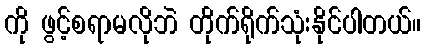
ကို ဖွင့်စရာမလိုဘဲ တိုက်ရိုက်သုံးနိုင်ပါတယ်။